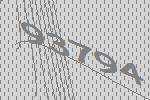
93794